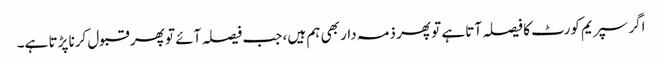
اگر سپریم کورٹ کا فیصلہ آتا ہے تو پھر ذمہ دار بھی ہم ہیں، جب فیصلہ آئے تو پھر قبول کرنا پڑتا ہے۔